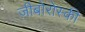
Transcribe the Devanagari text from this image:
ज़ीबोरोस्‍की